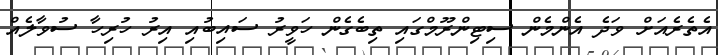
އެތެރެއަށް ވަދެ އެންމެން ސިޓިންރޫމްގައި ތިބެގެން ހަވީރު ސައިބުއި އިރު ހުރިހާ ސުވާލެއް